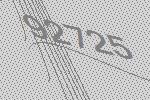
92725